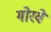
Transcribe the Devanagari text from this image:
गोरवे